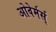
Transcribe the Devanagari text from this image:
ओवेर्मर्स्